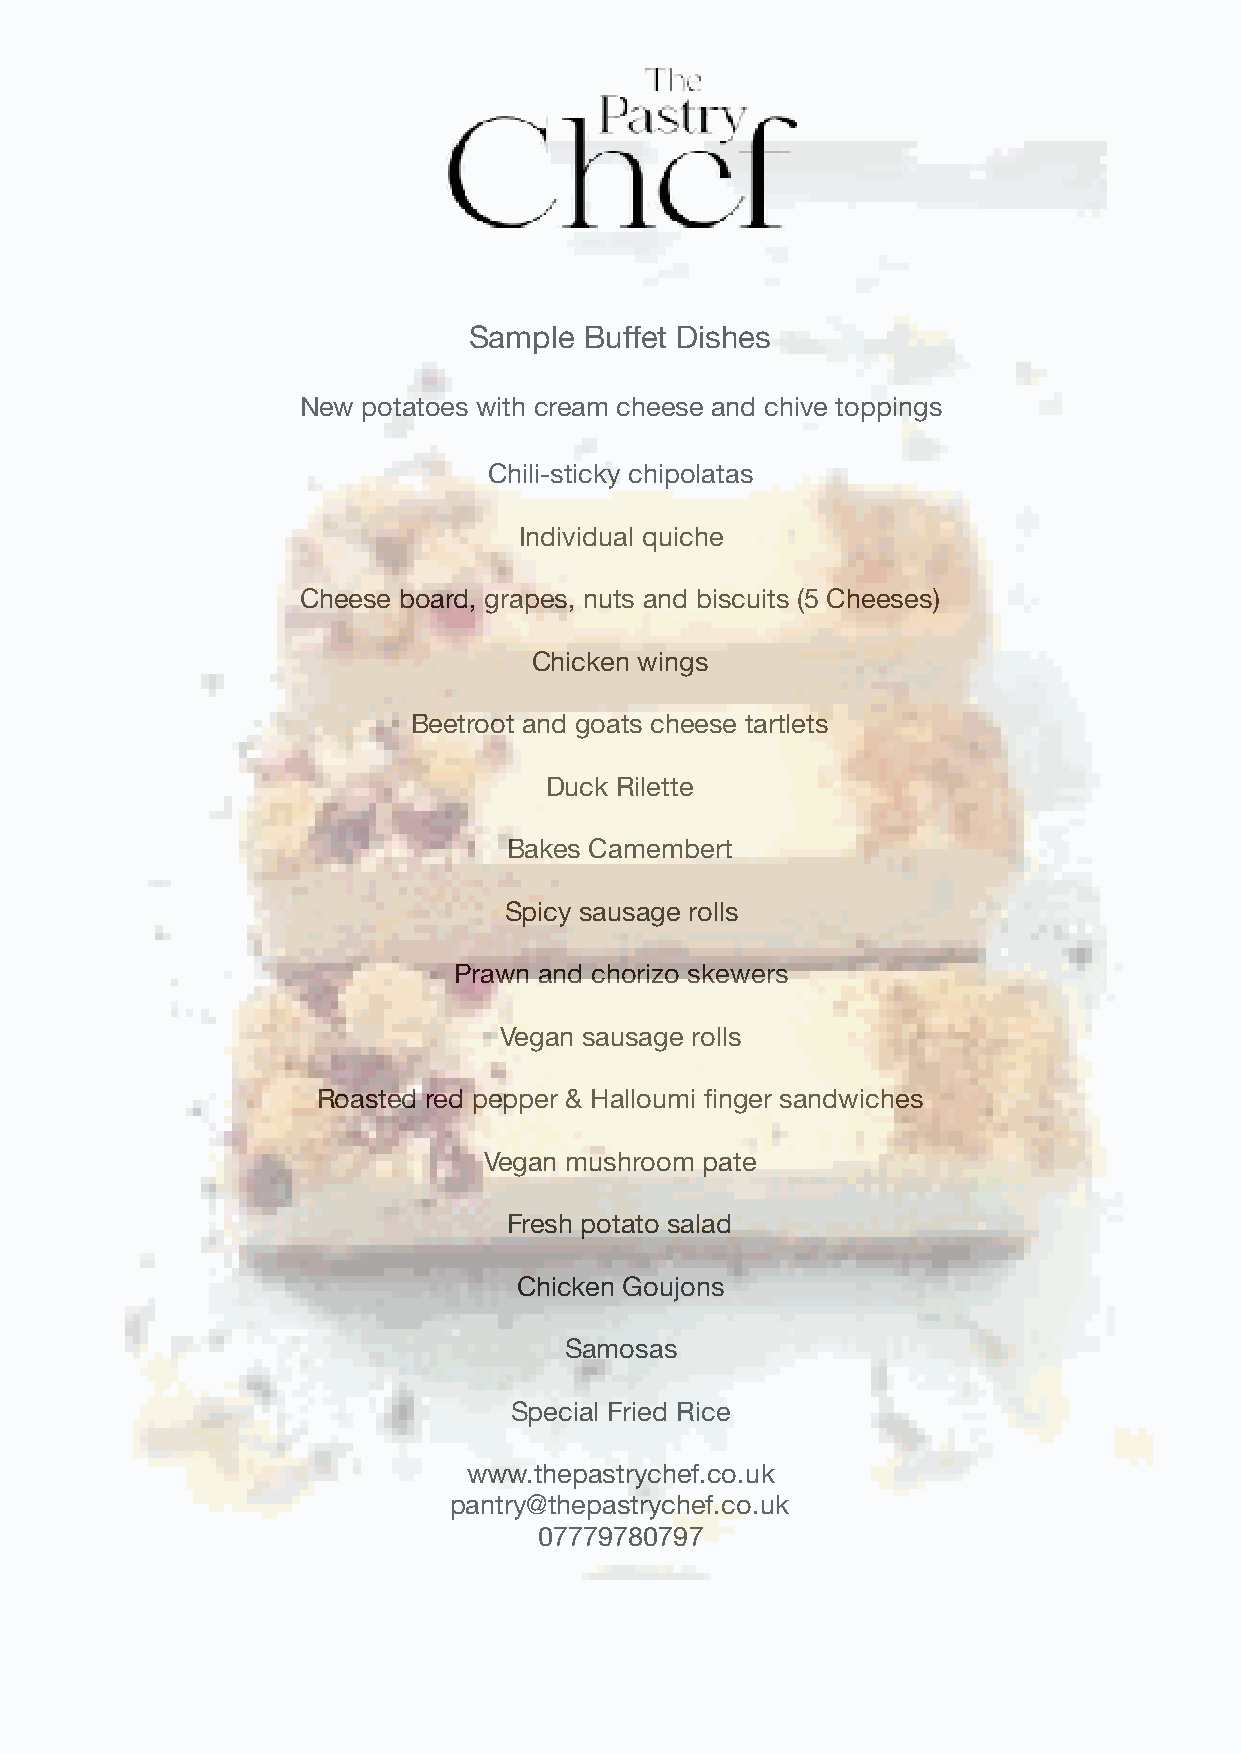
Sample  Buffet Dishes
 New potatoes with cream cheese and chive toppings
 Chili-sticky chipolatas
 Individual quiche
 Cheese board, grapes, nuts and biscuits (5 Cheeses)
 Chicken wings
 Beetroot and goats cheese tartlets
 Duck Rilette
 Bakes Camembert
 Spicy sausage rolls
 Prawn and chorizo skewers
 Vegan sausage rolls
 Roasted red pepper & Halloumi finger sandwiches
 Vegan mushroom pate
 Fresh potato salad
 Chicken Goujons
 Samosas
 Special Fried Rice
 www.thepastrychef.co.uk
 pantry@thepastrychef.co.uk
 07779780797